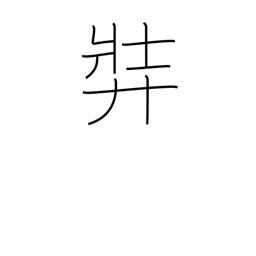
Meaning: stout